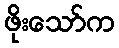
ဖိုးသော်က